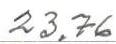
23,76